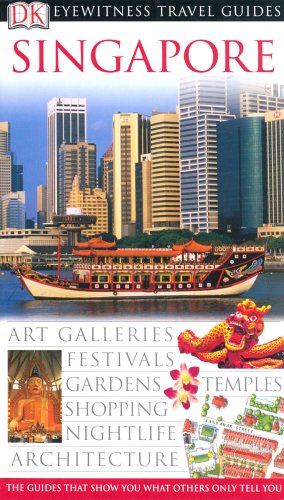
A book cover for Singapore (DK Eyewitness Travel Guide); Jane Laidlaw; Travel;